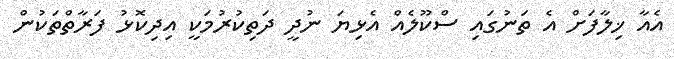
އެއާ ޚިލާފަށް އެ ތަނުގައި ސްކޫލެއް އެޅިޔަ ނުދީ ދަތިކުރުމަކީ އިދިކޮޅު ފަރާތްތަކުން